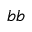
b b